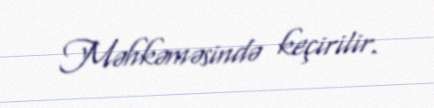
Məhkəməsində keçirilir.